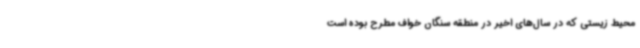
محیط ‌زیستی که در سال‌های اخیر در منطقه سنگان خواف مطرح بوده‌ است